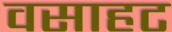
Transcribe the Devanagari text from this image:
वसाहट